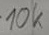
Text: 10k